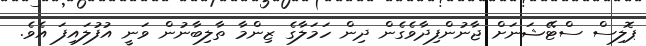
ޕޮލިސް ސްޓޭޝަނަށް ޖާނުންފިދާވެގެން ދިން ހަމަލާގެ ޒިންމާ ތާލިބާނުން ވަނީ އުފުލައިފަ އެވެ.